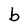
Character: b